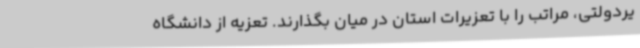
یردولتی، مراتب را با تعزیرات استان در میان بگذارند. تعزیه از دانشگاه